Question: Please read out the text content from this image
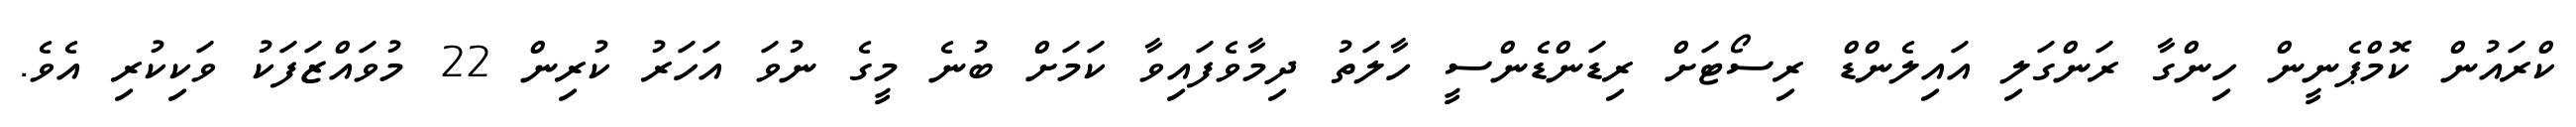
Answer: ކްރައުން ކޮމްޕެނީން ހިންގާ ރަންގަލި އައިލެންޑް ރިސޯޓަށް ރިޑަންޑެންސީ ހާލަތު ދިމާވެފައިވާ ކަމަށް ބުނެ މީގެ ނުވަ އަހަރު ކުރިން 22 މުވައްޒަފަކު ވަކިކުރި އެވެ.